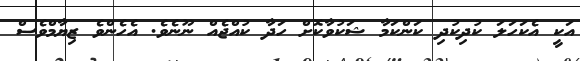
އަކީ އެކަހަލަ ކުދިކުދި ކަންކަމާ ޝަކުވާކޮށް ހަދާ ކުއްޖެއް ނޫނެވެ. އެހެންވެ ޒިޔާމްވެސް